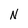
Character: N